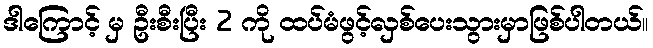
ဒါကြောင့် မှ ဦးစီးပြီး 2 ကို ထပ်မံဖွင့်လှစ်ပေးသွားမှာဖြစ်ပါတယ်။